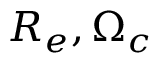
R _ { e } , \Omega _ { c }